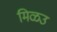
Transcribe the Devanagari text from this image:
मिळउ